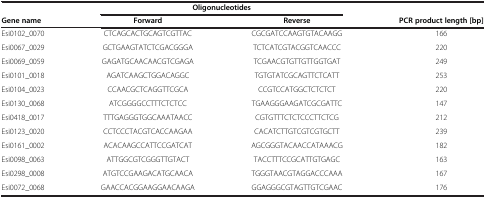
<table><thead><tr><td><b> </b></td><td colspan="2"><b>Oligonucleotides</b></td><td><b> </b></td></tr><tr><td><b>Gene name</b></td><td><b>Forward</b></td><td><b>Reverse</b></td><td><b>PCR product length [bp]</b></td></tr></thead><tbody><tr><td>Esi0102_0070</td><td>CTCAGCACTGCAGTCGTTAC</td><td>CGCGATCCAAGTGTACAAGG</td><td>166</td></tr><tr><td>Esi0067_0029</td><td>GCTGAAGTATCTCGACGGGA</td><td>TCTCATCGTACGGTCAACCC</td><td>220</td></tr><tr><td>Esi0069_0059</td><td>GAGATGCAACAACGTCGAGA</td><td>TCGAACGTGTTGTTGGTGAT</td><td>249</td></tr><tr><td>Esi0101_0018</td><td>AGATCAAGCTGGACAGGC</td><td>TGTGTATCGCAGTTCTCATT</td><td>253</td></tr><tr><td>Esi0104_0023</td><td>CCAACGCTCAGGTTCGCA</td><td>CCGTCCATGGCTCTCTCT</td><td>220</td></tr><tr><td>Esi0130_0068</td><td>ATCGGGGCCTTTCTCTCC</td><td>TGAAGGGAAGATCGCGATTC</td><td>147</td></tr><tr><td>Esi0418_0017</td><td>TTTGAGGGTGGCAAATAACC</td><td>CGTGTTTCTCTCCCTTCTCG</td><td>212</td></tr><tr><td>Esi0123_0020</td><td>CCTCCCTACGTCACCAAGAA</td><td>CACATCTTGTCGTCGTGCTT</td><td>239</td></tr><tr><td>Esi0161_0002</td><td>ACACAAGCCATTCCGATCAT</td><td>AGCGGGTACAACCATAAACG</td><td>182</td></tr><tr><td>Esi0098_0063</td><td>ATTGGCGTCGGGTTGTACT</td><td>TACCTTTCCGCATTGTGAGC</td><td>163</td></tr><tr><td>Esi0298_0008</td><td>ATGTCCGAAGACATGCAACA</td><td>TGGGTAACGTAGGACCCAAA</td><td>167</td></tr><tr><td>Esi0072_0068</td><td>GAACCACGGAAGGAACAAGA</td><td>GGAGGGCGTAGTTGTCGAAC</td><td>176</td></tr></tbody></table>